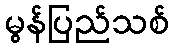
မွန်ပြည်သစ်